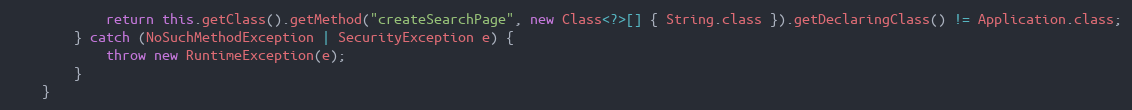
Language: Java
			return this.getClass().getMethod("createSearchPage", new Class<?>[] { String.class }).getDeclaringClass() != Application.class;
		} catch (NoSuchMethodException | SecurityException e) {
			throw new RuntimeException(e);
		}
	}